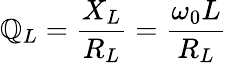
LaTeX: \mathbb{Q}_{L}={\frac{{X_{L}}}{{R_{L}}}}={\frac{{\omega_{0}L}}{{R_{L}}}}